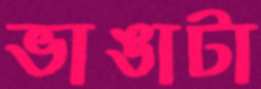
ভাঙাটা